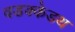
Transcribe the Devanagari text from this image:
वडक्केडथ